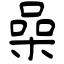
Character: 喿